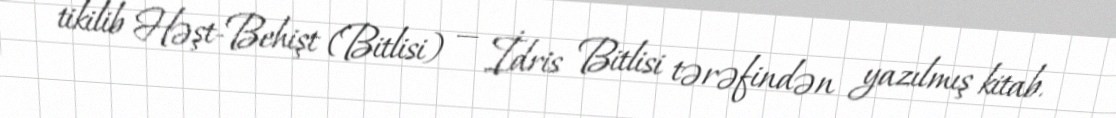
tikilib Həşt-Behişt (Bitlisi) — İdris Bitlisi tərəfindən yazılmış kitab.